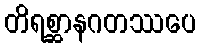
တိရစ္ဆာနဂတဿပေ